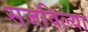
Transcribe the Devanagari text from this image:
सजविल्या